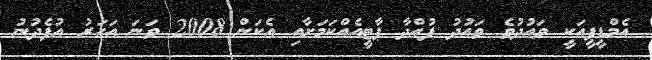
އެމްޑީޕީއަކީ ވައުދުވެ ވައުދު ފުއްދާ ޕާޓީއެއްކަމަށާއި އެކަން 2008 ވަނަ އަހަރު އުފެދުނު